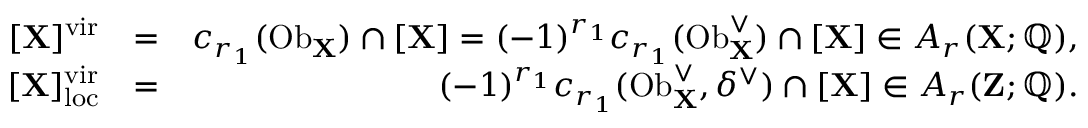
\begin{array} { r l r } { [ \mathbf { X } ] ^ { \mathrm { v i r } } } & { = } & { c _ { r _ { 1 } } ( \mathrm { O b } _ { \mathbf { X } } ) \cap [ \mathbf { X } ] = ( - 1 ) ^ { r _ { 1 } } c _ { r _ { 1 } } ( \mathrm { O b } _ { \mathbf { X } } ^ { \vee } ) \cap [ \mathbf { X } ] \in A _ { r } ( \mathbf { X } ; \mathbb { Q } ) , } \\ { { [ \mathbf { X } ] _ { \mathrm { l o c } } ^ { \mathrm { v i r } } } } & { = } & { ( - 1 ) ^ { r _ { 1 } } c _ { r _ { 1 } } ( \mathrm { O b } _ { \mathbf { X } } ^ { \vee } , \delta ^ { \vee } ) \cap [ \mathbf { X } ] \in A _ { r } ( \mathbf { Z } ; \mathbb { Q } ) . } \end{array}